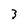
Character: 3